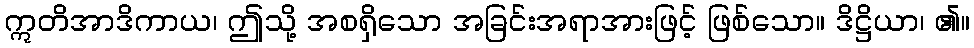
ဣတိအာဒိကာယ၊ ဤသို့ အစရှိသော အခြင်းအရာအားဖြင့် ဖြစ်သော။ ဒိဋ္ဌိယာ၊ ၏။